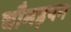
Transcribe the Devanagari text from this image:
चौमड़पन